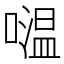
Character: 𡀦